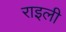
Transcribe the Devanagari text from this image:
राइली